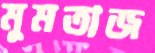
মুমতাজ